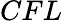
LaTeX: CFL